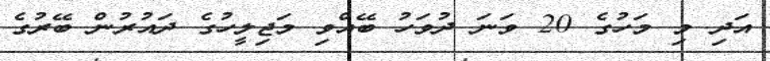
އަދި މި މަހުގެ 20 ވަނަ ދުވަހު ބޭއްވި މަޖިލީހުގެ ދައުރުން ބޭރުގެ